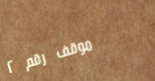
موقف رقم ٢